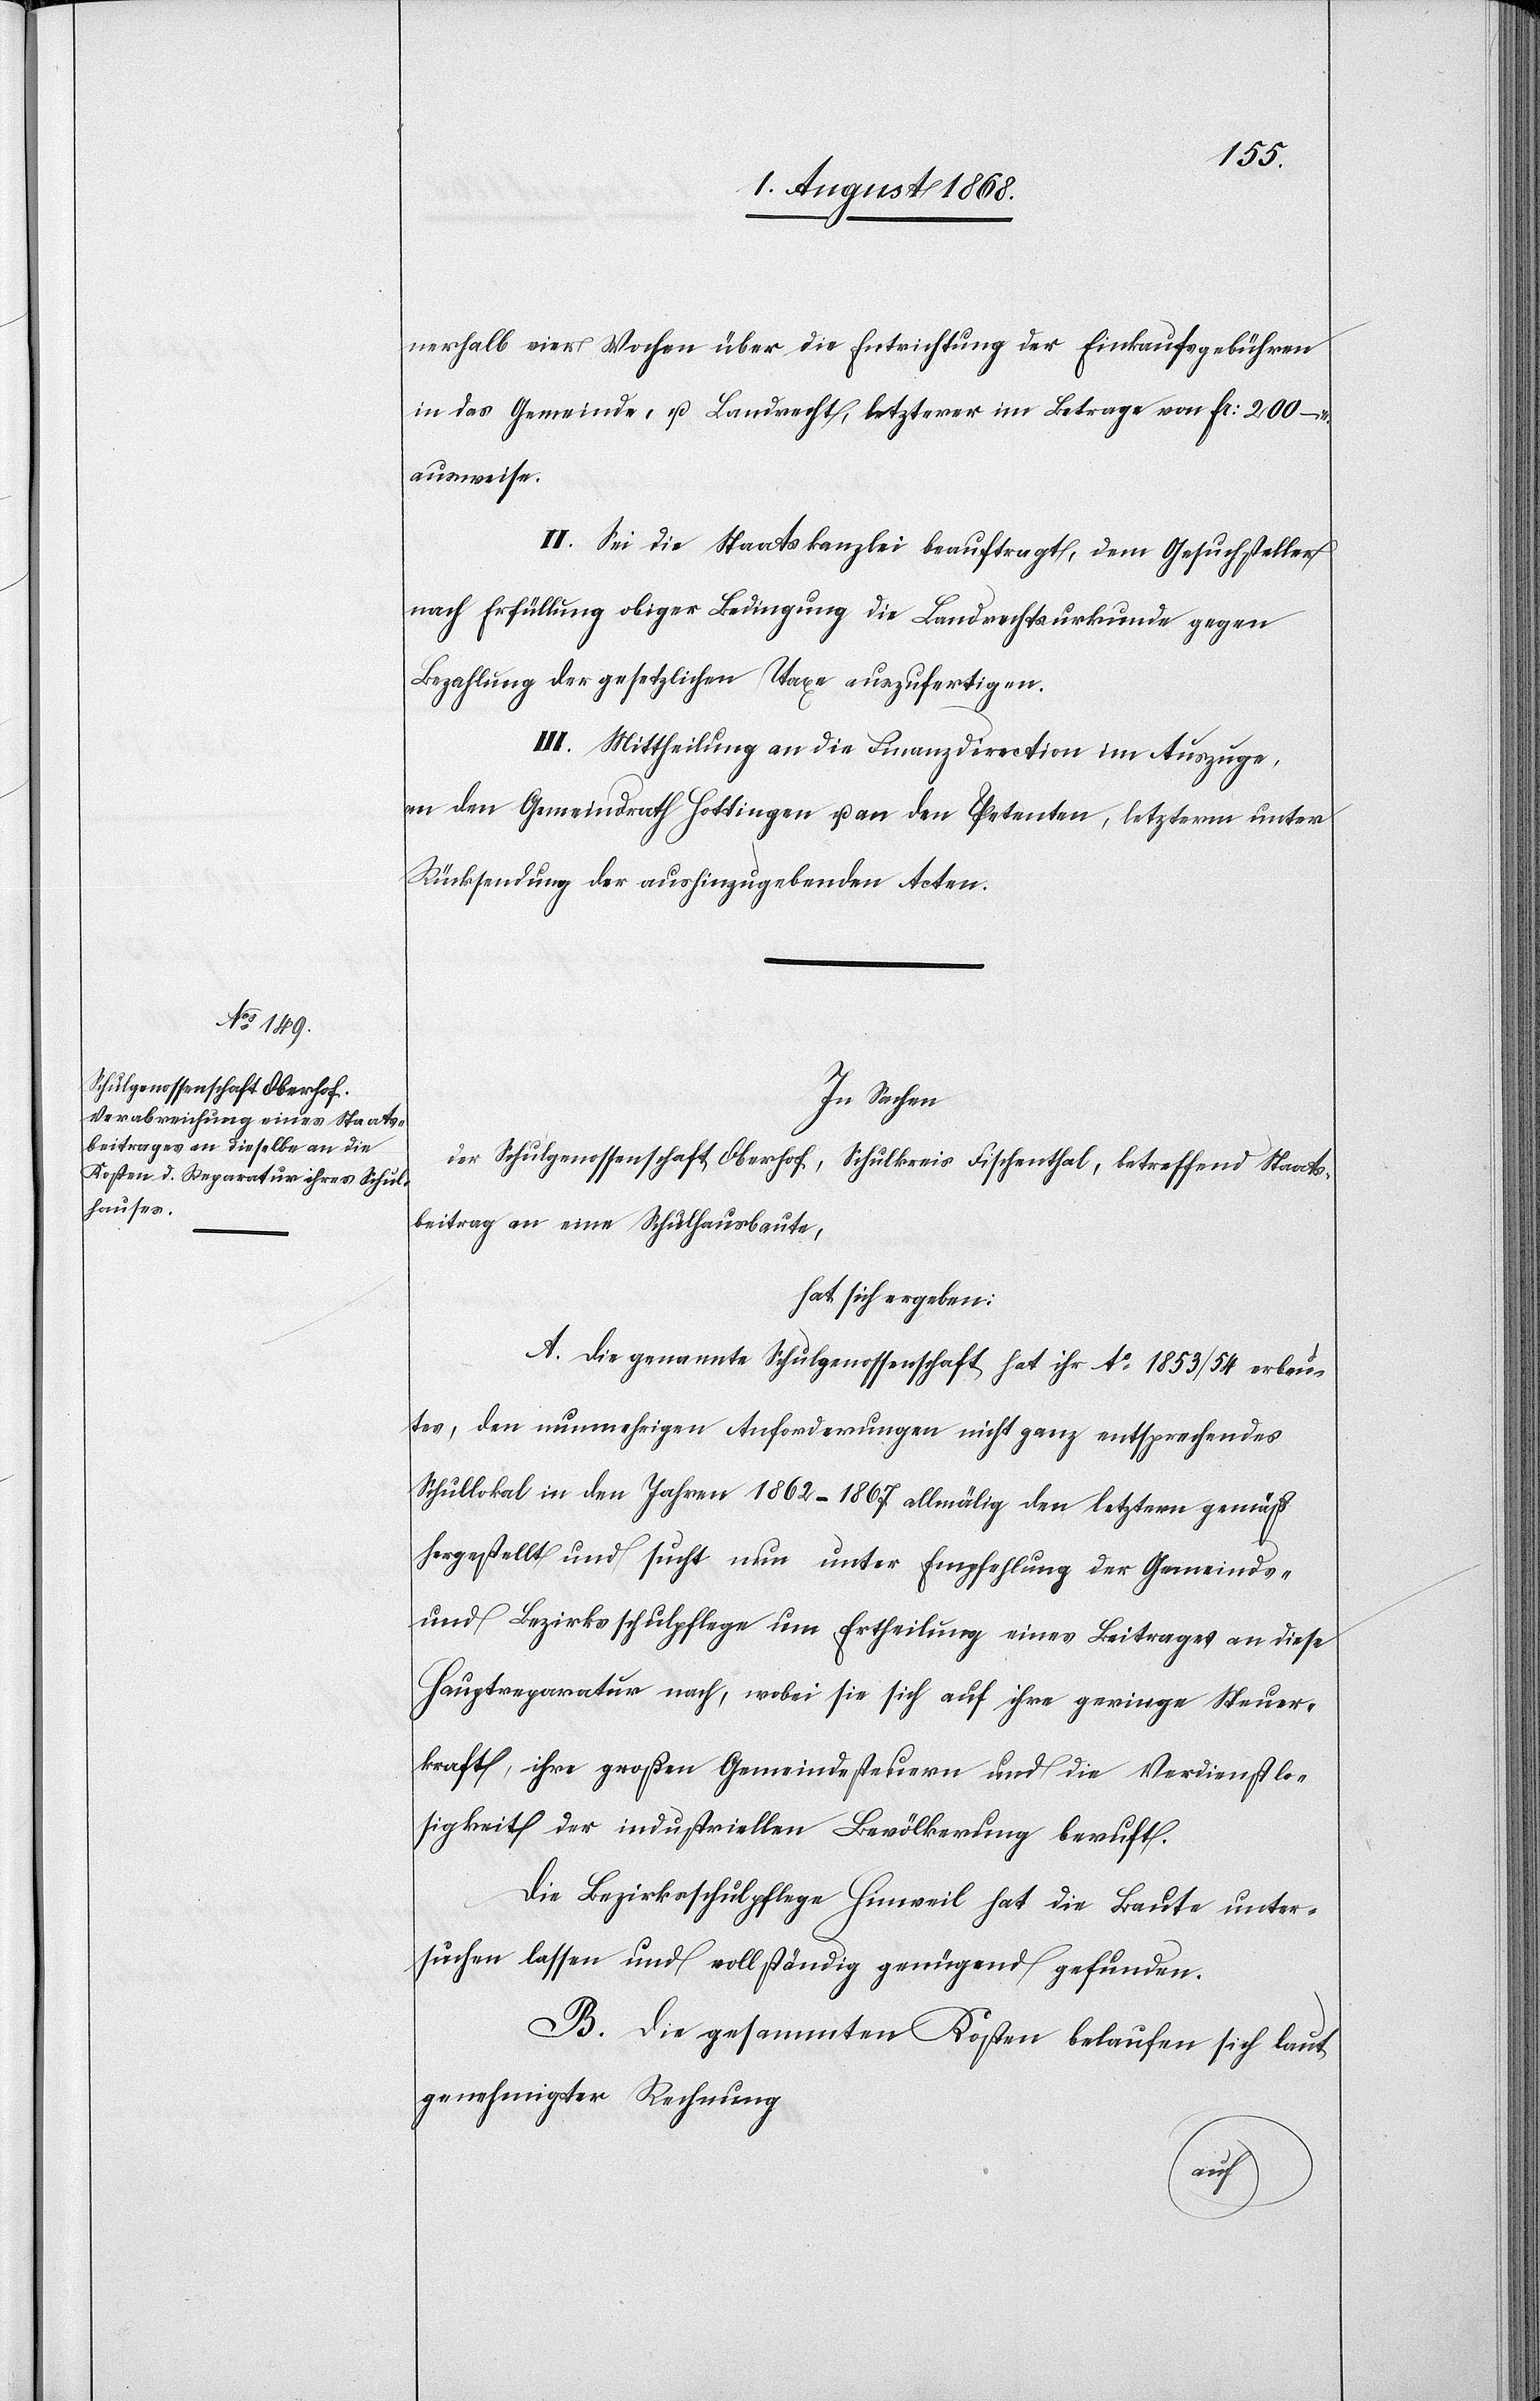
nerhalb vier Wochen über die Entrichtung der Einkaufsgebühren
in das Gemeinde- u. Landrecht, letzterer im Betrage von Fr: 200 –
ausweise.
II. Sei die Staatskanzlei beauftragt, dem Gesuchsteller
nach Erfüllung obiger Bedingung die Landrechtsurkunde gegen
Bezahlung der gesetzlichen Taxe auszufertigen.
III. Mittheilung an die Finanzdirection im Auszuge,
an den Gemeindrath Hottingen u. an den Petenten, letzterm unter
Rücksendung der aushinzugebenden Acten.
In Sachen
der Schulgenossenschaft Oberhof, Schulkreis Fischenthal, betreffend Staats¬
beitrag an eine Schulhausbaute,
hat sich ergeben:
A. Die genannte Schulgenossenschaft hat ihr Ao 1853/54 erbau¬
tes, den nunmehrigen Anforderungen nicht ganz entsprechendes
Schullokal in den Jahren 1862–1867 allmälig den letztern gemäß
hergestellt und sucht nun unter Empfehlung der Gemeinds-
und Bezirksschulpflege um Ertheilung eines Beitrages an diese
Hauptreparatur nach, wobei sie sich auf ihre geringe Steuer¬
kraft, ihre großen Gemeindesteuern und die Verdienstlo¬
sigkeit der industriellen Bevölkerung beruft.
Die Bezirksschulpflege Hinweil hat die Baute unter¬
suchen lassen und vollständig genügend gefunden.
B. Die gesammten Kosten belaufen sich laut
genehmigter Rechnung